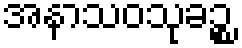
အနာသဝသုခဉ္စ